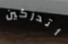
أتدركين